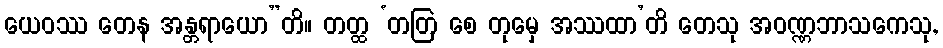
ယေဝဿ တေန အန္တရာယော”တိ။ တတ္ထ ‘တတြ စေ တုမှေ အဿထာ’တိ တေသု အဝဏ္ဏဘာသကေသု,